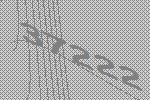
37222